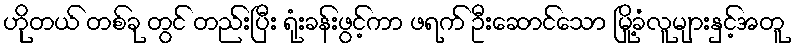
ဟိုတယ် တစ်ခု တွင် တည်းပြီး ရုံးခန်းဖွင့်ကာ ဖရက် ဦးဆောင်သော မြို့ခံလူများနှင့်အတူ